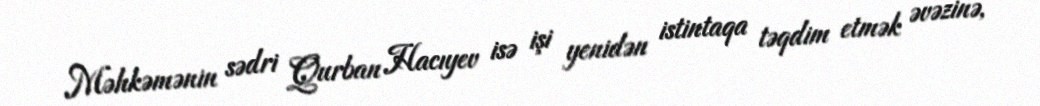
Məhkəmənin sədri Qurban Hacıyev isə işi yenidən istintaqa təqdim etmək əvəzinə,